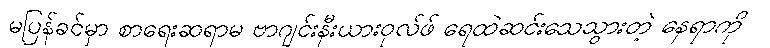
မပြန်ခင်မှာ စာရေးဆရာမ ဗာဂျင်းနီးယားဝုလ်ဖ် ရေထဲဆင်းသေသွားတဲ့ နေရာကို